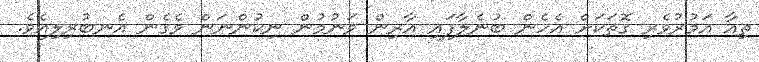
ތިއާ އަމުރުވެރި ގޮތަކަށް އެހެން ބުނެލާފައި އާރިން ވަނުމުން ނިކުންނަން ވެގެން އެނބުރިލިއެވެ.